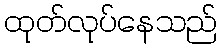
ထုတ်လုပ်နေသည်